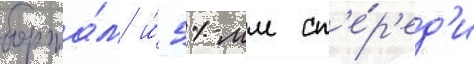
борта́м и́ 51-мм сп'е́р'ед'и